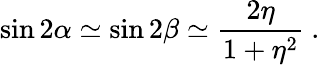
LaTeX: \sin 2\alpha\simeq\sin 2\beta\simeq\frac{2\eta}{1+\eta^{2}}~.